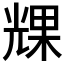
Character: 𠒪